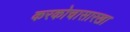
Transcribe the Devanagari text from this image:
करकोचासारखा